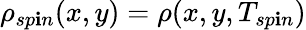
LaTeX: \rho_{sp\mathbf{i}n}(x,y)=\rho(x,y,T_{sp\mathbf{i}n})